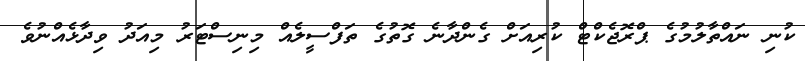
ކުނި ނައްތާލުމުގެ ޕްރޮޖެކްޓް ކުރިއަށް ގެންދާނެ ގޮތުގެ ތަފްސީލެއް މިނިސްޓަރު މިއަދު ވިދާޅެއްނުވެ